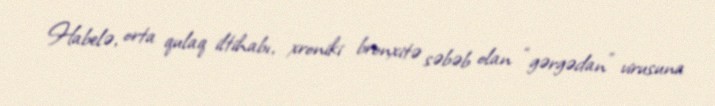
Habelə, orta qulaq iltihabı, xroniki bronxitə səbəb olan “gərgədan” virusuna